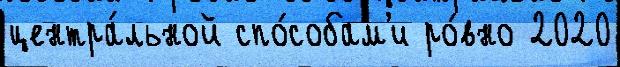
центра́льной спо́собам'и ро́вно 2020